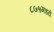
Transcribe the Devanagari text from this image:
८७५मध्ये